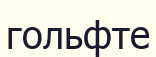
гольфте